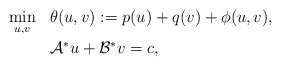
\begin{align*}\begin{array}{ll}\displaystyle\min_{u,v}& \theta(u,v): = p(u) + q(v) + \phi(u,v),\\ [8pt] & \mathcal{A}^*u + \mathcal{B}^*v = c,\end{array}\end{align*}